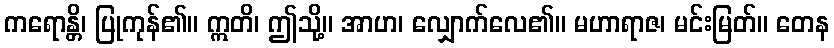
ကရောန္တိ၊ ပြုကုန်၏။ ဣတိ၊ ဤသို့။ အာဟ၊ လျှောက်လေ၏။ မဟာရာဇ၊ မင်းမြတ်။ တေန